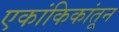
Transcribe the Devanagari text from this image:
एकांकिकांतून